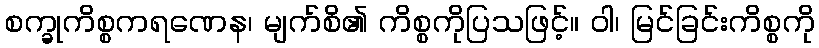
စက္ခုကိစ္စကရဏေန၊ မျက်စိ၏ ကိစ္စကိုပြသဖြင့်။ ဝါ၊ မြင်ခြင်းကိစ္စကို